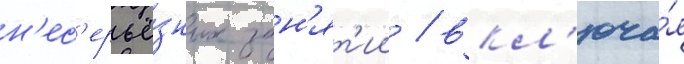
н'ес'ерьё́зных зан'ят'ии / вкл'юча́я